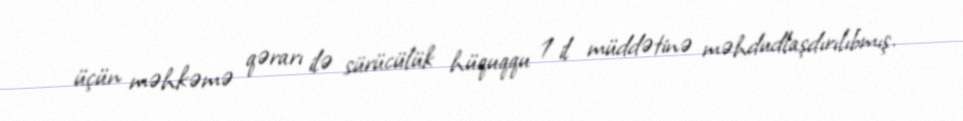
üçün məhkəmə qərarı ilə sürücülük hüquqqu 1 il müddətinə məhdudlaşdırılıbmış.